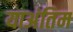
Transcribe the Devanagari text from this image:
याअंतिम